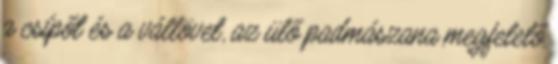
a csípőt és a vállövet, az ülő padmászana megfelelő